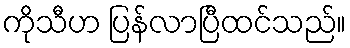
ကိုသီဟ ပြန်လာပြီထင်သည်။